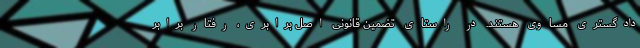
دادگستری مساوی هستند. در راستای تضمین قانونی اصل برابری، رفتار برابر